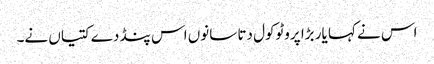
اس نے کہا یار بڑا پروٹوکول دتا سانوں اس پنڈ دے کتیاں نے۔